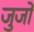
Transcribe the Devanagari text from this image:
जुजों